Veterinary [1909] -
Year: 1909
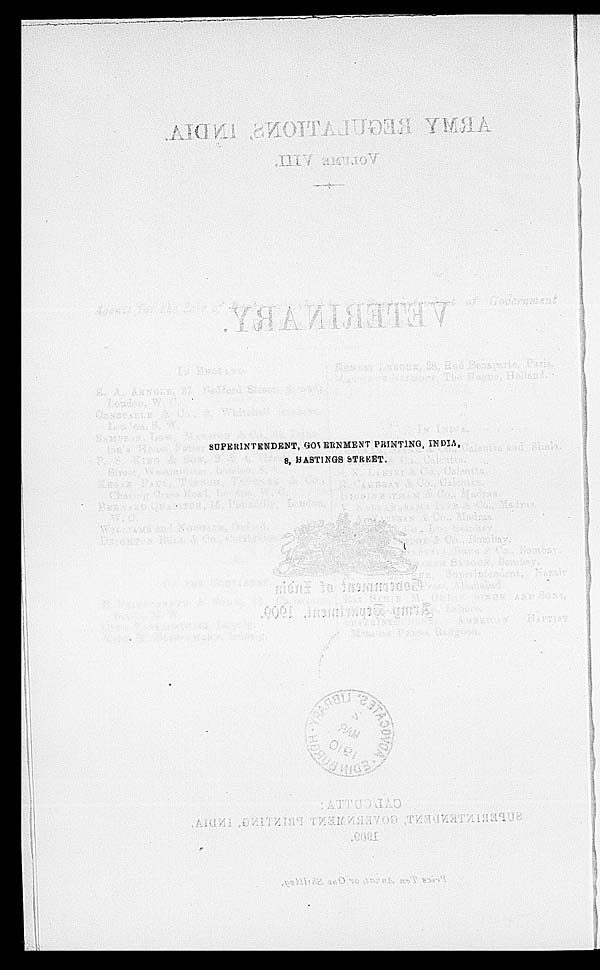
SUPERINTENDENT, GOVERNMENT PRINTING, INDIA,
8, HASTINGS STREET.